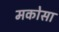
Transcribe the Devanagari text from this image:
मकोसा